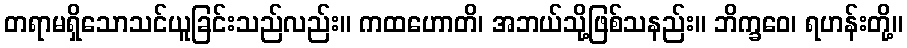
တရာမရှိသောသင်ယူခြင်းသည်လည်း။ ကထဟောတိ၊ အဘယ်သို့ဖြစ်သနည်း။ ဘိက္ခဝေ၊ ရဟန်းတို့။